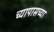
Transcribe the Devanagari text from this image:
च्यापासच्या